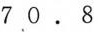
7,0.8